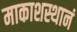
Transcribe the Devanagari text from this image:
माकाशस्थानं